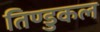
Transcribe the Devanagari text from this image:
तिण्डुकल